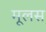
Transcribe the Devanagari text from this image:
मूलस